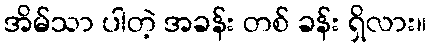
အိမ်သာ ပါတဲ့ အခန်း တစ် ခန်း ရှိလား။